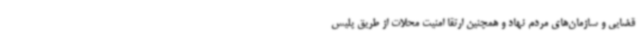
قضایی و سازمان‌های مردم نهاد و همچنین ارتقا امنیت محلات از طریق پلیس